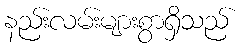
နည်းလမ်းများစွာရှိသည်